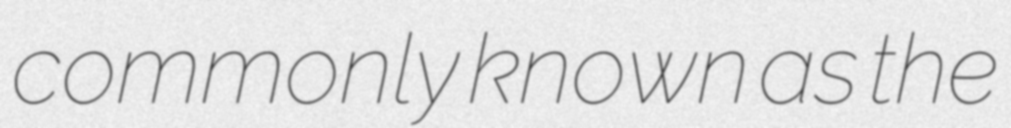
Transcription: commonly known as the